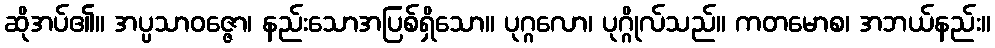
ဆိုအပ်၏။ အပ္ပသာဝဇ္ဇော၊ နည်းသောအပြစ်ရှိသော။ ပုဂ္ဂလော၊ ပုဂ္ဂိုလ်သည်။ ကတမောစ၊ အဘယ်နည်း။